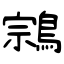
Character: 鶎